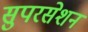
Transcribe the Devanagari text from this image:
सुपरसेशन